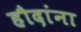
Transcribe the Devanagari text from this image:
हौदांना